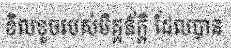
ខិលខូចរបស់មិត្តភ័ក្តិ ដែលបាន